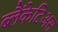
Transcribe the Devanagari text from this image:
ब्लैंकेटिअस